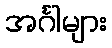
အင်္ဂါများ